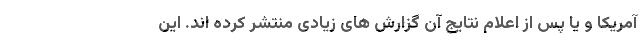
آمریکا و یا پس از اعلام نتایج آن گزارش های زیادی منتشر کرده اند. این